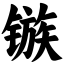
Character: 镞